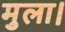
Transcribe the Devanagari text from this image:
मुला।